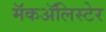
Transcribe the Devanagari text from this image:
मॅकॲलिस्टेर